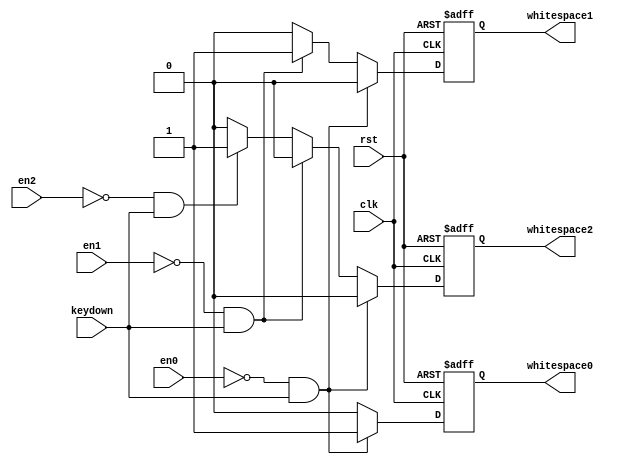
`timescale 1ns / 1ps
//////////////////////////////////////////////////////////////////////////////////
// Company: 
// Engineer: 
// 
// Design Name: 
// Module Name: enable
// Project Name: 
// Target Devices: 
// Tool Versions: 
// Description: 
// 
// Dependencies: 
// 
// Revision:
// Revision 0.01 - File Created
// Additional Comments:
// 
//////////////////////////////////////////////////////////////////////////////////


module enable(
   input clk,
   input rst,
   input en0,
   input en1,
   input en2,
   input keydown,
   output reg whitespace0,
   output reg whitespace1,
   output reg whitespace2
   );

    always @(posedge clk or posedge rst )
        if(rst) begin
            whitespace0 <= 0 ;
            whitespace1 <= 0 ;
            whitespace2 <= 0 ;
        end
        else if((en0==0) && keydown) begin
            whitespace0 <= 1 ;
            whitespace1 <= 0 ;
            whitespace2 <= 0 ;
        end
        else if((en1==0) && keydown) begin
            whitespace0 <= 0 ;
            whitespace1 <= 1 ;
            whitespace2 <= 0 ;
        end
        else if((en2==0) && keydown) begin
            whitespace0 <= 0 ;
            whitespace1 <= 0 ;
            whitespace2 <= 1 ;
        end
        else begin
            whitespace0 <= 0 ;
            whitespace1 <= 0 ;
            whitespace2 <= 0 ;
        end

endmodule